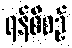
ရန်စီစဉ်